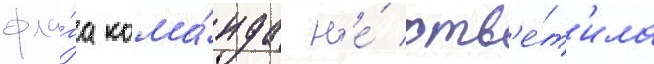
фла́га кома́нда н'е́ отв'е́т'ила